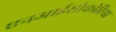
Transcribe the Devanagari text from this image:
एनआईसोकोरिया